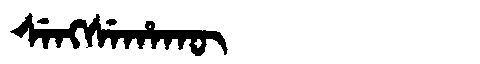
Manchu: ᠰᡝᠩᠰᡝᡥᠠᡴᡡ
Romanization: SENGSEHAKŪ